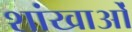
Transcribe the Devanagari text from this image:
शांखाओं